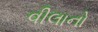
વીલાનો